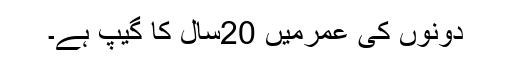
دونوں کی عمرمیں 20سال کا گیپ ہے۔